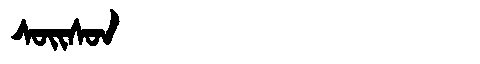
Manchu: ᠰᠣᡳᠰᠣᠨ
Romanization: SOISON